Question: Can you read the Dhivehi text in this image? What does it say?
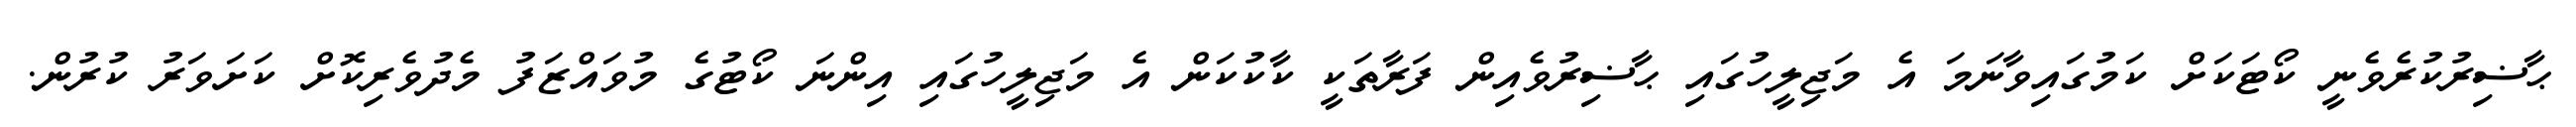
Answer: ޙާޟިރުކުރެވެނީ ކޯޓަކަށް ކަމުގައިވާނަމަ އެ މަޖިލީހުގައި ޙާޟިރުވެއިން ފަރާތަކީ ކާކުކަން އެ މަޖިލީހުގައި އިންނަ ކޯޓުގެ މުވައްޒަފު މެދުވެރިކޮށް ކަށަވަރު ކުރުން.